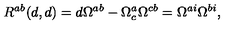
{ R } ^ { a b } ( d , d ) = d \Omega ^ { a b } - \Omega _ { c } ^ { a } \Omega ^ { c b } = \Omega ^ { a i } \Omega ^ { b i } ,